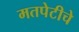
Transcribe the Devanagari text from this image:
मतपेटीचे